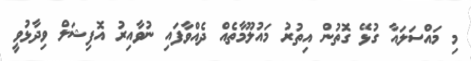
މި މައްސަލައާ ގުޅޭ ގޮތުން އިތުރު މައުލޫމާތެއް ދެއްވާފައި ނުވާއިރު އޮފިޝަލް ވިދާޅުވީ